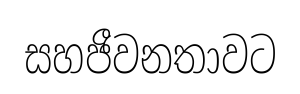
සහජීවනතාවට